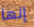
إنها